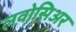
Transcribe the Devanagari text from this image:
लवोसिअर